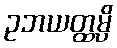
ဥဘယတ္ထမ္ပိ